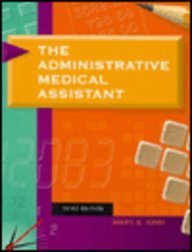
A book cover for The Administrative Medical Assistant; Mary E. Kinn; Medical Books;